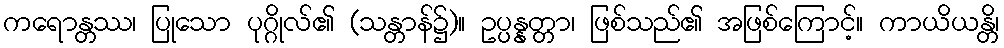
ကရောန္တဿ၊ ပြုသော ပုဂ္ဂိုလ်၏ (သန္တာန်၌)။ ဥပ္ပန္နတ္တာ၊ ဖြစ်သည်၏ အဖြစ်ကြောင့်။ ကာယိယန္တိ၊